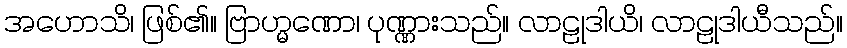
အဟောသိ၊ ဖြစ်၏။ ဗြာဟ္မဏော၊ ပုဏ္ဏားသည်။ လာဠုဒါယိ၊ လာဠုဒါယီသည်။